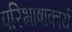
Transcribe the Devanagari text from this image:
परिभाषाकार्य